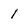
Character: 1